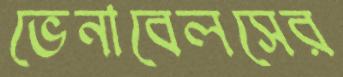
ভেনাবেলসের